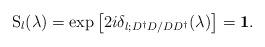
LaTeX: \begin{align*}\mbox{S}_l(\lambda)=\exp \left[ 2i\delta_{l;D^\dagger D/DD^\dagger}(\lambda)\right]={\bf 1}.\end{align*}